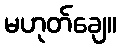
မဟုတ်ချေ။